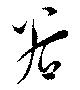
谷